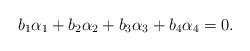
\begin{align*}b_{1} \alpha_{1} + b_{2} \alpha_{2} + b_{3} \alpha_{3} +b_{4} \alpha_{4} = 0.\end{align*}